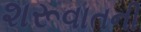
શરૂવાતની